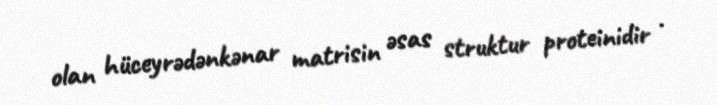
olan hüceyrədənkənar matrisin əsas struktur proteinidir .